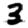
Digit: 3